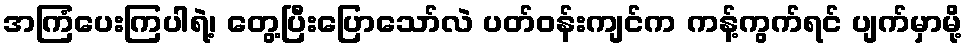
အကြံပေးကြပါရဲ့၊ တွေ့ပြီးပြောသော်လဲ ပတ်ဝန်းကျင်က ကန့်ကွက်ရင် ပျက်မှာမို့